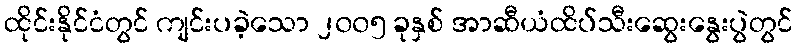
ထိုင်းနိုင်ငံတွင် ကျင်းပခဲ့သော ၂၀၀၅ ခုနှစ် အာဆီယံထိပ်သီးဆွေးနွေးပွဲတွင်